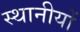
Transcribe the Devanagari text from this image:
स्थानीयों